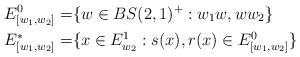
\begin{align*}E_{[w_1,w_2]}^0=& \{w\in BS(2,1)^+: w_1 w , w w_2 \} \\E_{[w_1,w_2]}^*=&\{ x\in E^1_{w_2}: s(x),r(x) \in E_{[w_1,w_2]}^0 \}\end{align*}